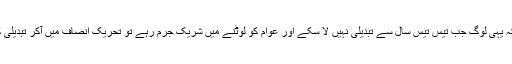
لوگ کہتے ہیں کہ یہی لوگ جب تیس تیس سال سے تبدیلی نہیں لا سکے اور عوام کو لوٹنے میں شریک جرم رہے تو تحریک انصاف میں آکر تبدیلی کیسے لائیں گے۔